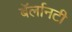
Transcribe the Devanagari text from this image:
बॅर्लानटी